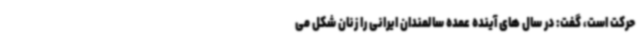
حرکت است، گفت: در سال های آینده عمده سالمندان ایرانی را زنان شکل می